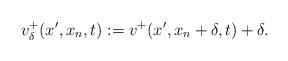
LaTeX: \begin{align*}v_\delta^+(x',x_n,t):=v^+(x',x_n+\delta,t)+\delta. \end{align*}